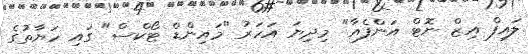
ލައިފް އިޒް ނޮޓް އަންފެއާ" މިދިޔަ އަހަރު "މައިންޑް ޓޯކްސް" ގައި ހަޔާތުގެ